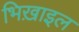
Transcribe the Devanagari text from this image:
भिख़ाइल